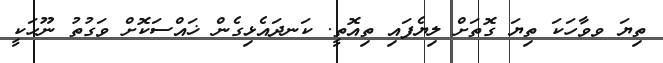
ތިޔަ ވވާހަކަ ތިޔަ ގޮތަށް ލިޔެފައި ތިއޮތީ. ކަނދައެޅިގެން ޚައްސަކޮށް ވަގުތު ނޫހަކީ